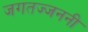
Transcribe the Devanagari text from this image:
जगतज्जननी